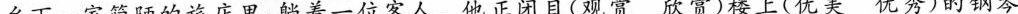
乡下一家简陋的旅店里，躺着一位客人。他正闭目（观赏 欣赏）楼上（优美 优秀）的钢琴